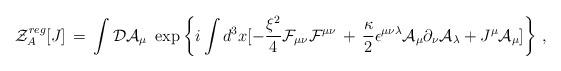
LaTeX: \begin{align*} {\mathcal Z}^{reg}_A[J] \,=\, \int {\mathcal D} {\mathcal A}_\mu \, \,\exp \left\{ i \int d^3x [-\frac{\xi^2}{4} {\mathcal F}_{\mu\nu}{\mathcal F}^{\mu\nu} \, +\, \frac{\kappa}{2} \epsilon^{\mu\nu\lambda}{\mathcal A}_\mu \partial_\nu {\mathcal A}_\lambda +J^\mu {\mathcal A}_\mu ]\right\} \,,\end{align*}